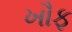
ખૌફ